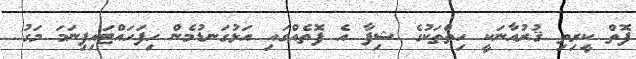
ފޮތް ކީރިތި ޤުރުއާނަކީ ހިތްތަކުގެ ޝިފާ އެ ފޮތެއްގައި އަޅުގަނޑުމެން ހިފަހައްޓައިފިނަމަ މަގު